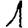
Digit: 1